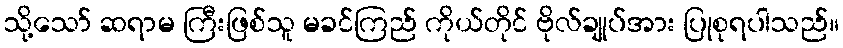
သို့သော် ဆရာမ ကြီးဖြစ်သူ မခင်ကြည် ကိုယ်တိုင် ဗိုလ်ချုပ်အား ပြုစုရပါသည်။